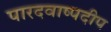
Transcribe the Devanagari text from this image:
पारदवाष्पदीप